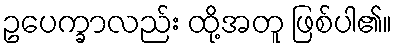
ဥပေက္ခာလည်း ထို့အတူ ဖြစ်ပါ၏။